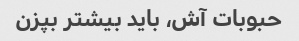
حبوبات آش، باید بیشتر بپزن